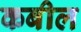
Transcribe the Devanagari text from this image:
कबील